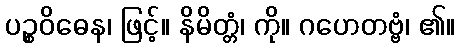
ပဉ္စဝိဓေန၊ ဖြင့်။ နိမိတ္တံ၊ ကို။ ဂဟေတဗ္ဗံ၊ ၏။